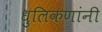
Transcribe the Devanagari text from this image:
धुलिकणांनी